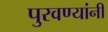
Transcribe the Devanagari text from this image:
पुरवण्यांनी